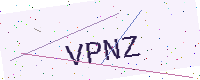
Text: VPNZ